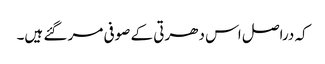
کہ دراصل اس دھرتی کے صوفی مر گئے ہیں۔